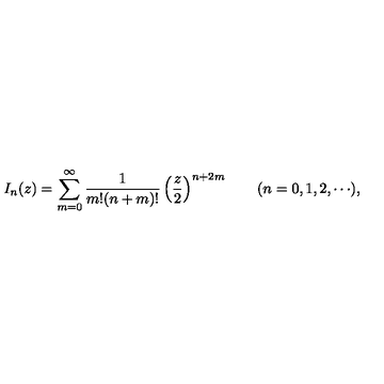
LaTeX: I _ { n } ( z ) = \sum _ { m = 0 } ^ { \infty } \frac { 1 } { m ! ( n + m ) ! } \left( \frac z 2 \right) ^ { n + 2 m } \qquad ( n = 0 , 1 , 2 , \cdots ) ,